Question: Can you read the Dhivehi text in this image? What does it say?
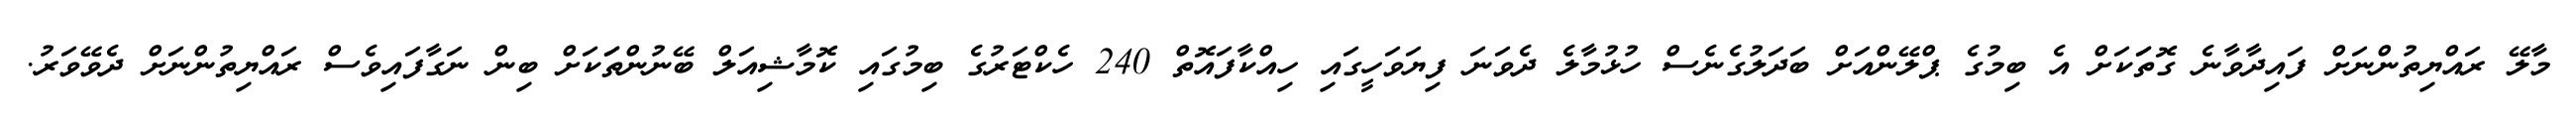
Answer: މާލޭ ރައްޔިތުންނަށް ފައިދާވާނެ ގޮތަަކަށް އެ ބިމުގެ ޕްލޭންއަށް ބަދަލުގެނެސް ހުޅުމާލެ ދެވަނަ ފިޔަވަހީގައި ހިއްކާފައޮތް 240 ހެކްޓަރުގެ ބިމުގައި ކޮމާޝިއަލް ބޭނުންތަަކަށް ބިން ނަގާފައިވެސް ރައްޔިތުންނަށް ދެވޭވަރު.